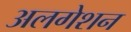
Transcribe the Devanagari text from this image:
अलगेशन